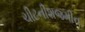
ચીટનીશજમીન